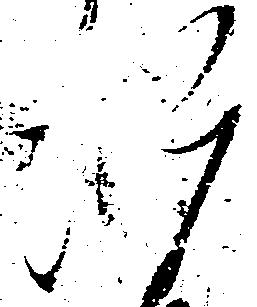
四